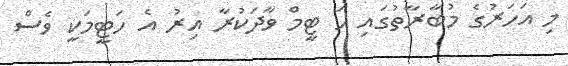
މި އަހަރުގެ މުބާރާތުގައި ހަ ޓީމް ވާދަކުރާ އިރު އެ ހަޓީމަކީ ވެސް